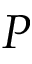
P